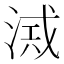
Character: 𣸂